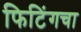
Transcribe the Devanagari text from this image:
फिटिंगचा